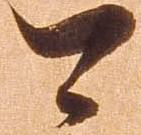
可